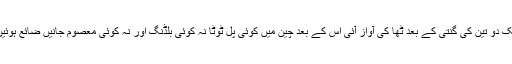
ایک دو تین کی گنتی کے بعد ٹھا کی آواز آئی اس کے بعد چین میں کوئی پل ٹوٹا نہ کوئی بلڈنگ اور نہ کوئی معصوم جانیں ضائع ہوئیں۔